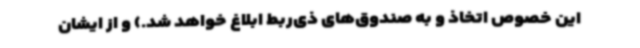
این خصوص اتخاذ و به صندوق‌های ذی‌ربط ابلاغ خواهد شد.) و از ایشان